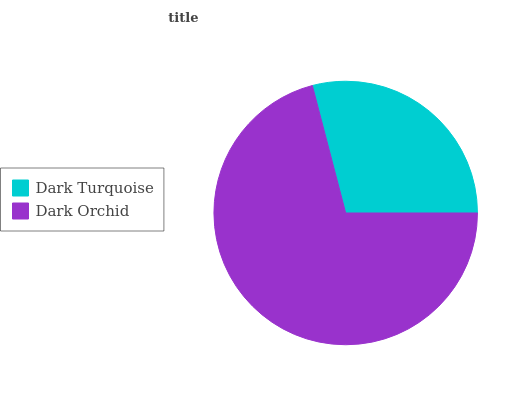
| Dark Turquoise | Dark Orchid |
 | --- | --- |
 | 29.1% | 70.9% |